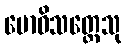
ဗောဓိသတ္တေသု